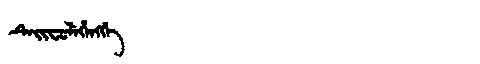
Manchu: ᡨᡝᡳᠸᡠᠯᡝᡥᡝᠩᡤᡝ
Romanization: TEIFULEHENGGE